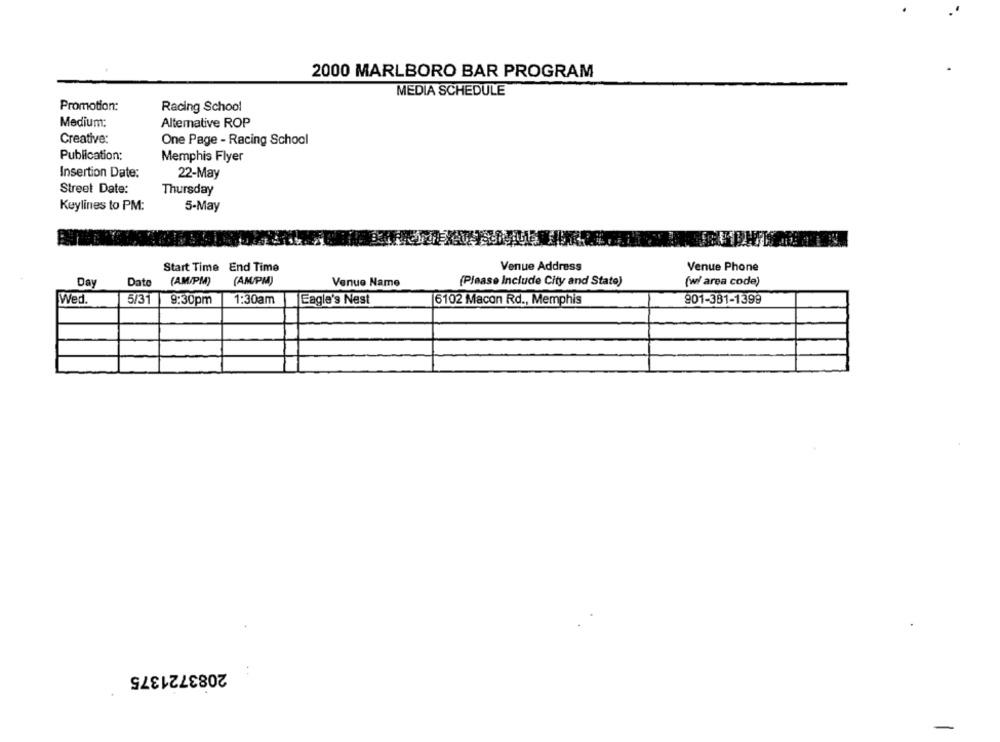
2000 MARLBORO BAR PROGRAM
MEDIA SCHEDULE
Promotion:
Racing School
Medium:
Altemative ROP
Creative:
One Page - Racing School
Publication:
Memphis Flyer
Insertion Date:
22-May
Street Date:
Thursday
Keylines to PM:
5-May
Start Time End Time
Venue Address
Venue Phone
Day
Date
(AM/PM)
(AM/PM)
Venue Name
(Please Include City and State)
(w/ area code)
Wed.
5/31
9:30pm
1:30am
Eagle's Nest
6102 Macon Rd ., Memphis
901-381-1399
2083721375